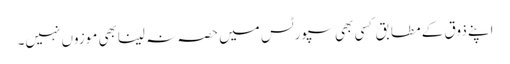
اپنے ذوق کے مطابق کسی بھی سپورٹس میں حصہ نہ لینابھی موزوں نہیں۔